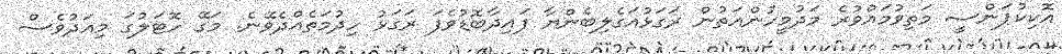
އޮކިކުޕަންސީ މަތިވުމައްވުރެ މަދުމީހުންއަތުން ރަގަޅުއަގެލިބެންޔާ ފައިދާބޮޑުވެފަ ރަގަޅު ހިދުމަތެއްދެވޭނެ. މަގޭ ހޮޓަލުގަ މިއަދުވެސް